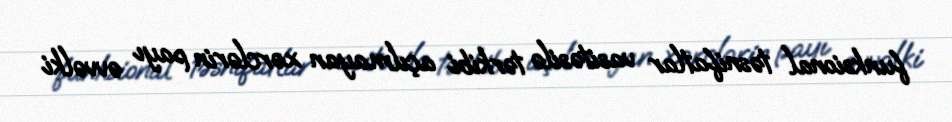
funksional təsnifatlar vasitəsilə tərkibi açılmayan xərclərin payı əvvəlki